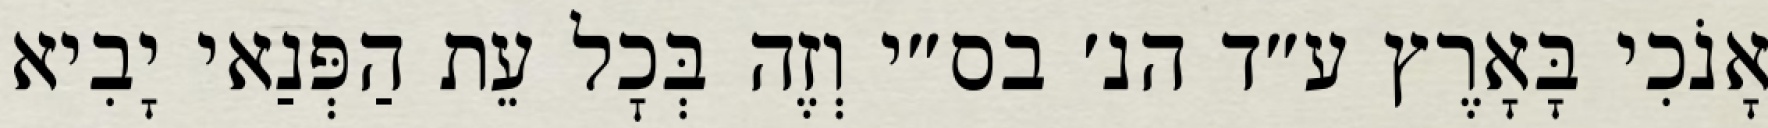
אָנֹכִי בָּאָרֶץ ע״ד הנ׳ בס״י וְזֶה בְּכׇל עֵת הַפְּנַאי יָבִיא